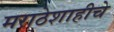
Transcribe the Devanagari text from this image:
मराठेशाहीचे